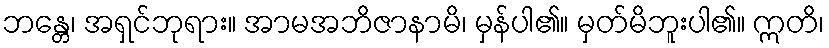
ဘန္တေ၊ အရှင်ဘုရား။ အာမအဘိဇာနာမိ၊ မှန်ပါ၏။ မှတ်မိဘူးပါ၏။ ဣတိ၊